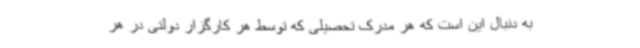
به دنبال این است که هر مدرک تحصیلی که توسط هر کارگزار دولتی در هر